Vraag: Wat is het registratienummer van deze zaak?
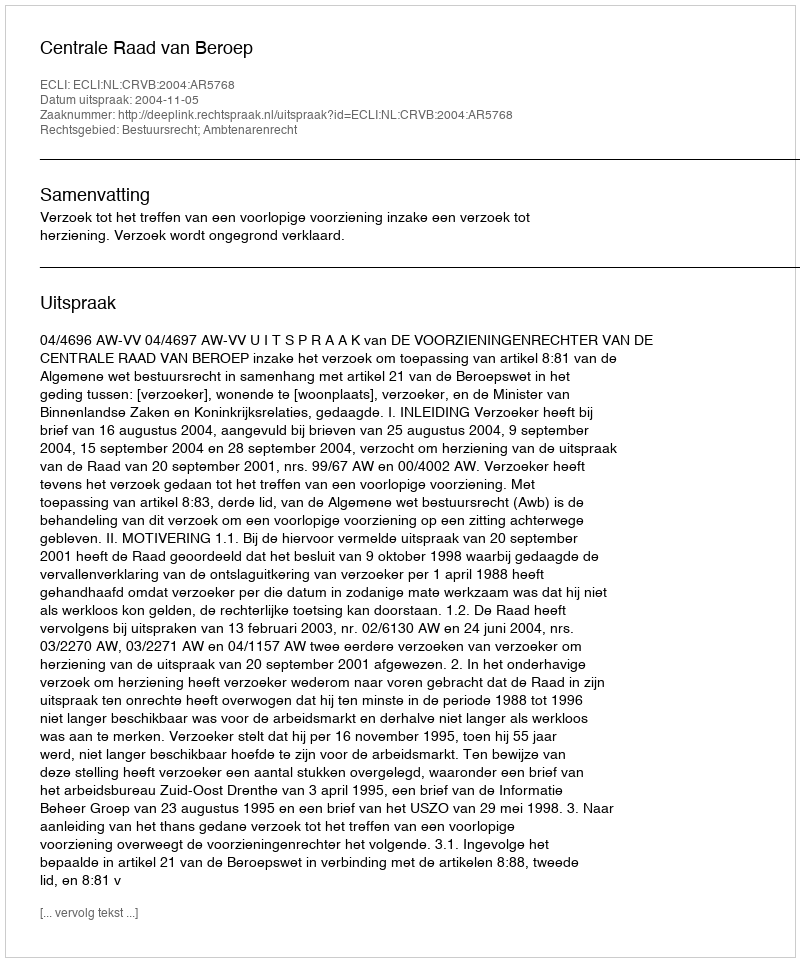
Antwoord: http://deeplink.rechtspraak.nl/uitspraak?id=ECLI:NL:CRVB:2004:AR5768